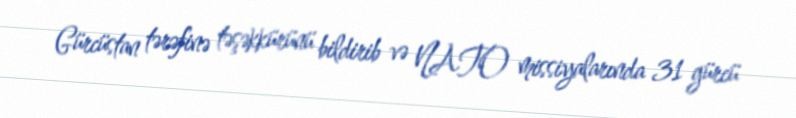
Gürcüstan tərəfinə təşəkkürünü bildirib və NATO missiyalarında 31 gürcü